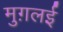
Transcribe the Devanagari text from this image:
मुग़लई